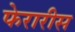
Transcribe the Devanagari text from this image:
फेरारीस